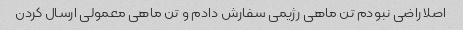
اصلا راضی نبودم تن ماهی رژیمی سفارش دادم و تن ماهی معمولی ارسال کردن